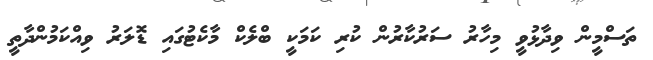
ތަސްމީން ވިދާޅުވީ މިހާރު ސަރުކާރުން ކުރި ކަމަކީ ބްލެކް މާކެޓުގައި ޑޮލަރު ވިއްކަމުންދާތީ